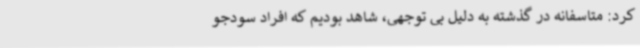
کرد: متاسفانه در گذشته به دلیل بی توجهی، شاهد بودیم که افراد سودجو